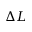
\Delta L